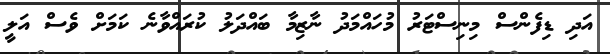
އަދި ޑިފެންސް މިނިސްޓަރު މުހައްމަދު ނާޒިމާ ބައްދަލު ކުރައްވާނެ ކަމަށް ވެސް އަލީ